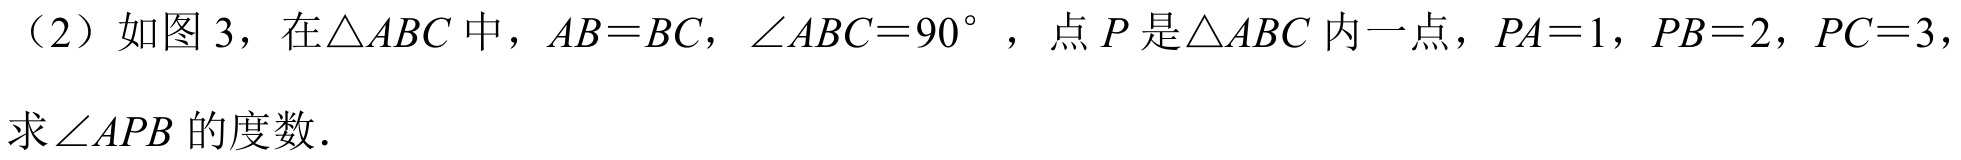
（2）如图 3，在\(\triangle ABC\)中，\(AB = BC\)，\(\angle ABC = 90^{\circ}\)，点\(P\)是\(\triangle ABC\)内一点，\(PA = 1\)，\(PB = 2\)，\(PC = 3\)，
求\(\angle APB\)的度数.